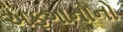
અફગાનોનો